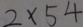
2 \times 5 4